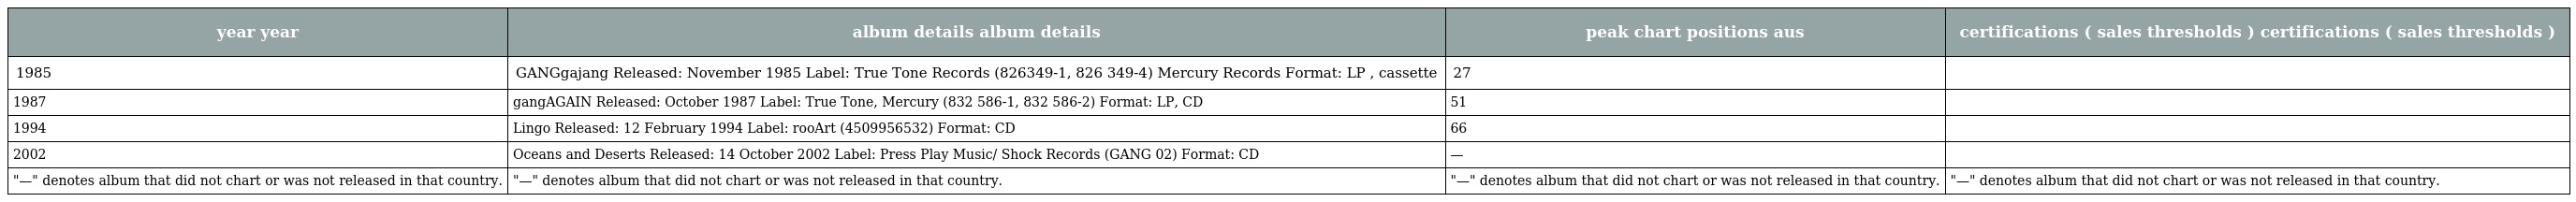
| year year | album details album details | peak chart positions aus | certifications ( sales thresholds ) certifications ( sales thresholds ) |
 | --- | --- | --- | --- |
 | 1985 | GANGgajang Released: November 1985 Label: True Tone Records (826349-1, 826 349-4) Mercury Records Format: LP , cassette | 27 |  |
 | 1987 | gangAGAIN Released: October 1987 Label: True Tone, Mercury (832 586-1, 832 586-2) Format: LP, CD | 51 |  |
 | 1994 | Lingo Released: 12 February 1994 Label: rooArt (4509956532) Format: CD | 66 |  |
 | 2002 | Oceans and Deserts Released: 14 October 2002 Label: Press Play Music/ Shock Records (GANG 02) Format: CD | — |  |
 | "—" denotes album that did not chart or was not released in that country. | "—" denotes album that did not chart or was not released in that country. | "—" denotes album that did not chart or was not released in that country. | "—" denotes album that did not chart or was not released in that country. |